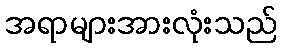
အရာများအားလုံးသည်